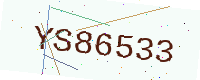
Text: YS86533